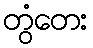
တွံတေး